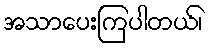
အသာပေးကြပါတယ်၊